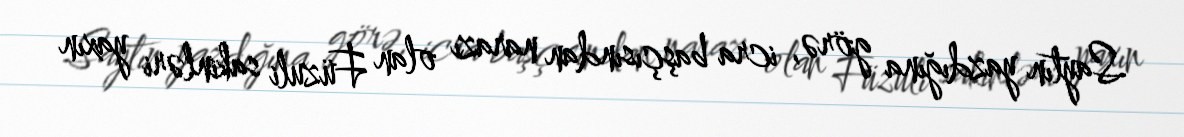
Saytın yazdığına görə, icra başçısından narazı olan Füzuli sakinləri yaxın